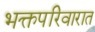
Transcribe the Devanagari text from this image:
भक्तपरिवारात